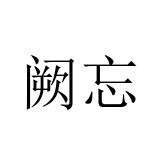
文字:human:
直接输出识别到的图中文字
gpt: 阙忘